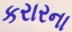
કરારના